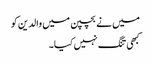
میں نے بچپن میں والدین کو
کبھی تنگ نہیں کیا۔